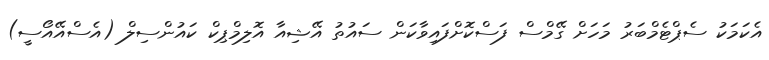
އެކަމަކު ސެޕްޓެމްބަރު މަހަށް ގޭމްސް ފަސްކޮށްފައިވާކަން ސައުތު އޭޝިއާ އޮލިމްޕިކް ކައުންސިލް (އެސްއޭއޯސީ)